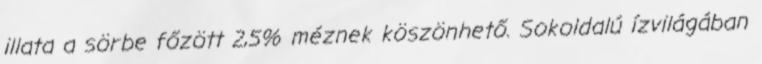
illata a sörbe főzött 2,5% méznek köszönhető. Sokoldalú ízvilágában